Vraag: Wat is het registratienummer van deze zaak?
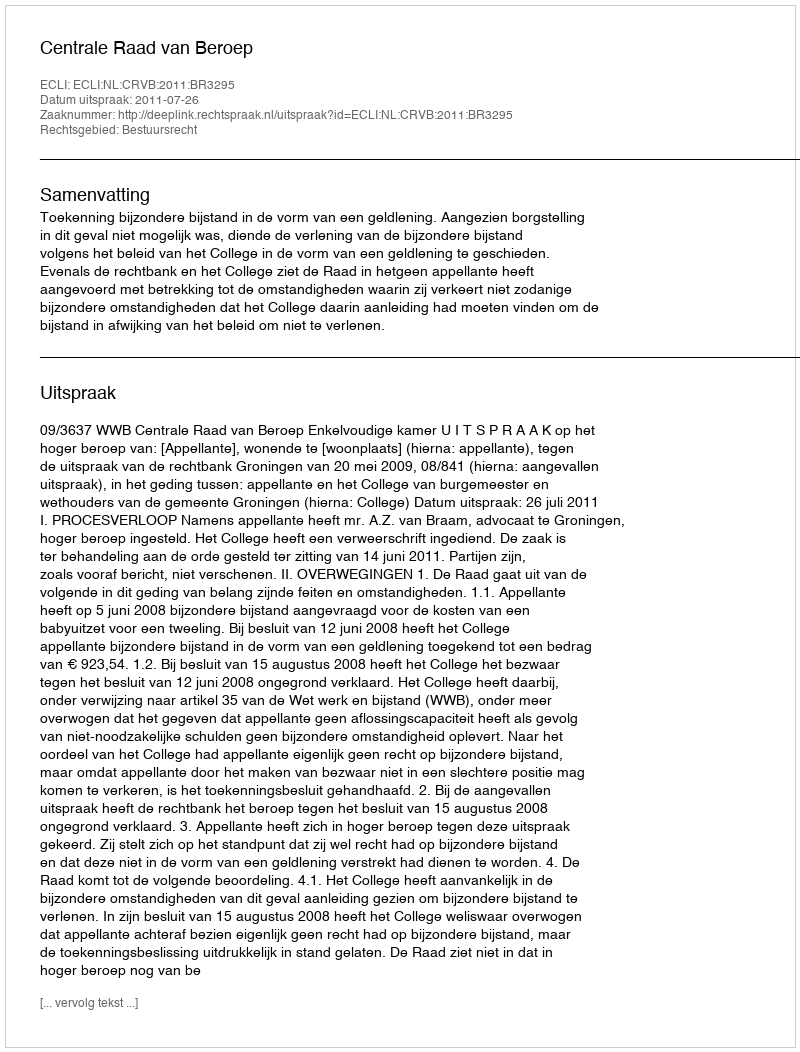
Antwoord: http://deeplink.rechtspraak.nl/uitspraak?id=ECLI:NL:CRVB:2011:BR3295